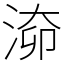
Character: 𣶐